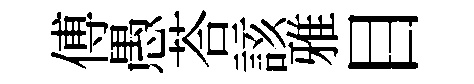
傅愚荅該雅目